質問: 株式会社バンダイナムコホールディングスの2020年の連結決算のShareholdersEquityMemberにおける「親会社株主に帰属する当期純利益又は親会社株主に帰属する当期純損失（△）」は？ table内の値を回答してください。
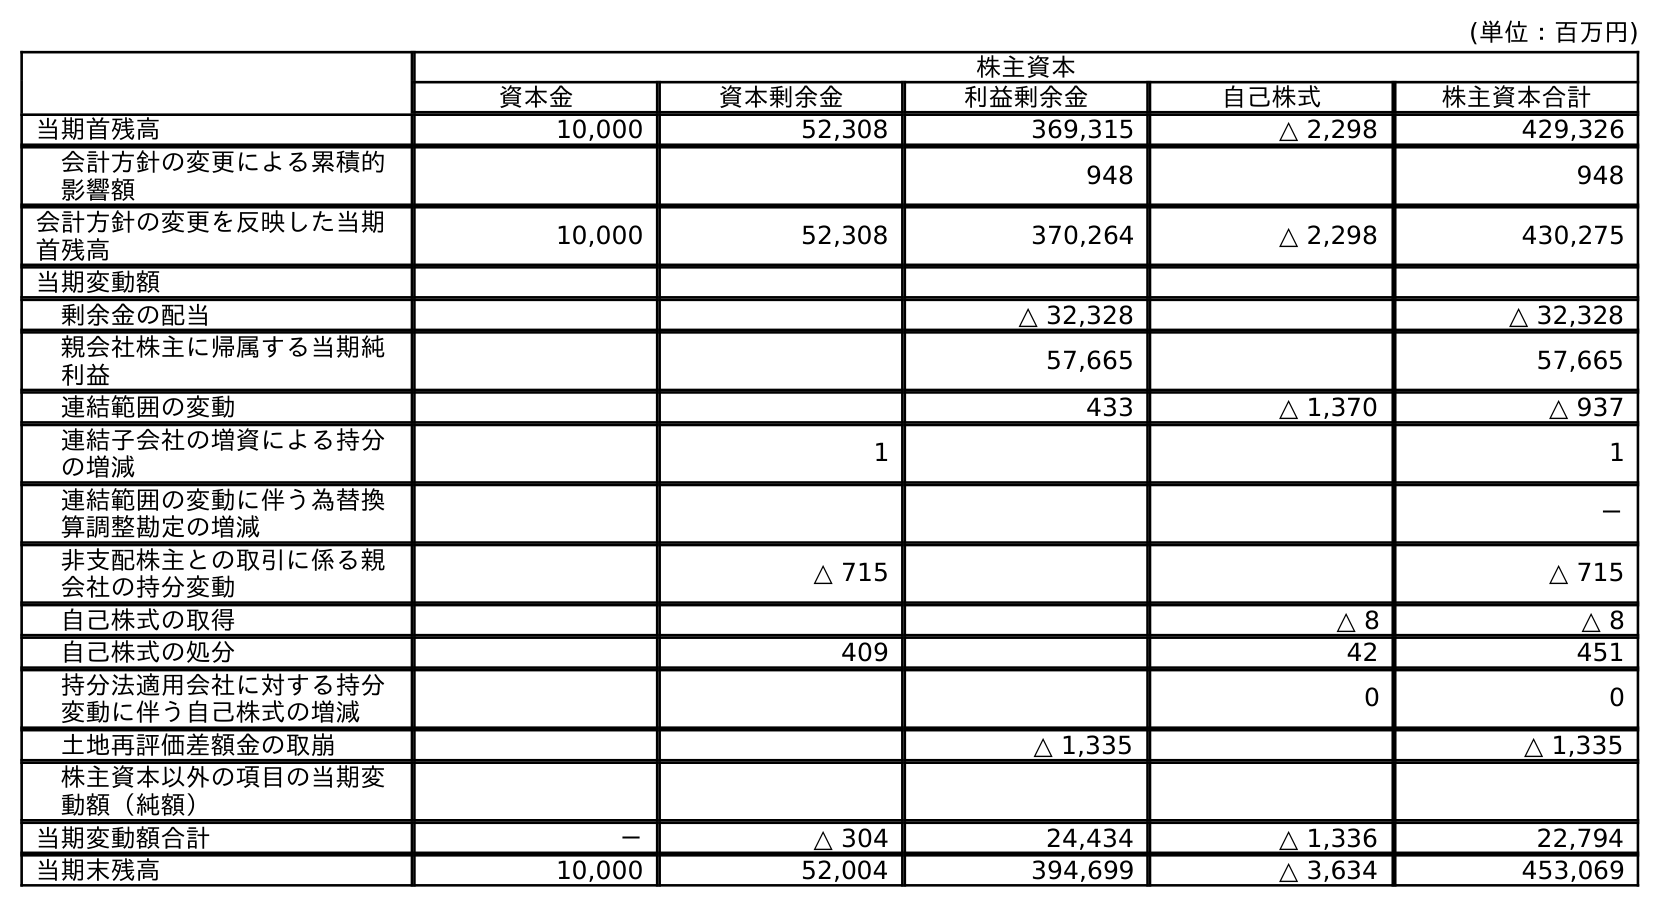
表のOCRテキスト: (単位：百万円) 株主資本 資本金 資本剰余金 利益剰余金 自己株式 株主資本合計 当期首残高 10,000 52,308 369,315 △ 2,298 429,326 会計方針の変更による累積的 影響額 948 948 会計方針の変更を反映した当期 首残高 10,000 52,308 370,264 △ 2,298 430,275 当期変動額 剰余金の配当 △ 32,328 △ 32,328 親会社株主に帰属する当期純 利益 57,665 57,665 連結範囲の変動 433 △ 1,370 △ 937 連結子会社の増資による持分 の増減 1 1 連結範囲の変動に伴う為替換 算調整勘定の増減 － 非支配株主との取引に係る親 会社の持分変動 △ 715 △ 715 自己株式の取得 △ 8 △ 8 自己株式の処分 409 42 451 持分法適用会社に対する持分 変動に伴う自己株式の増減 0 0 土地再評価差額金の取崩 △ 1,335 △ 1,335 株主資本以外の項目の当期変 動額（純額） 当期変動額合計 － △ 304 24,434 △ 1,336 22,794 当期末残高 10,000 52,004 394,699 △ 3,634 453,069
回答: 57,665